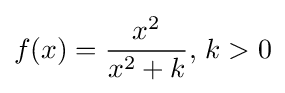
f(x)={\frac {x^{2}}{x^{2}+k}},\,k>0